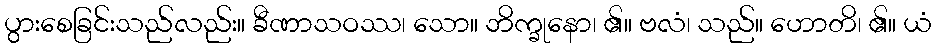
ပွားစေခြင်းသည်လည်း။ ခီဏာသဝဿ၊ သော။ ဘိက္ခုနော၊ ၏။ ဗလံ၊ သည်။ ဟောတိ၊ ၏။ ယံ